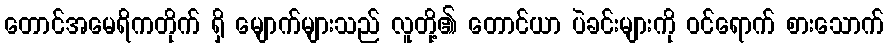
တောင်အမေရိကတိုက် ရှိ မျောက်များသည် လူတို့၏ တောင်ယာ ပဲခင်းများကို ဝင်ရောက် စားသောက်